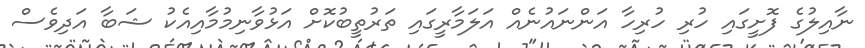
ނާއިލުގެ ފޮށީގައި ހުރި ހުރިހާ އަންނައުނެއް އަލަމާރީގައި ތަރުތީބުކޮށް އަޅުވާނިމުމާއިއެކު ޝަބާ އަދިވެސް